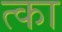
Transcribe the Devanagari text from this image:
त्का